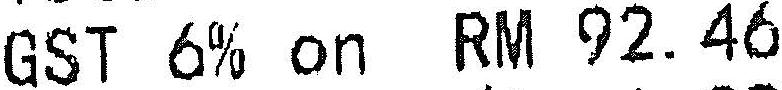
GST 6% ON RM 92.46